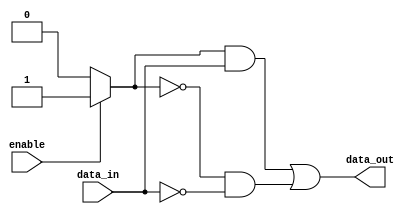
module push_pull_buffer (
    input wire data_in,
    input wire enable,
    output reg data_out
);

// Define internal signals
reg pull_up, pull_down;

// Control logic to enable/disable buffer
always @ (enable)
begin
    if (enable)
    begin
        pull_up = 1;
        pull_down = 1;
    end
    else
    begin
        pull_up = 0;
        pull_down = 0;
    end
end

// Pull-up and pull-down transistors
assign data_out = (pull_up & data_in) | (~pull_down & ~data_in);

endmodule